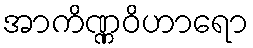
အာကိဏ္ဏဝိဟာရော